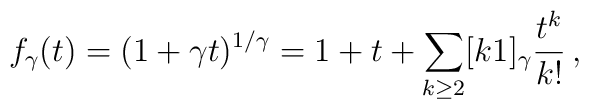
f_\gamma(t) = (1+\gamma t)^{1/\gamma} = 1 + t +  \sum_{k\geq 2} [k \- 1]_\gamma \frac{t^k}{k!} \,,